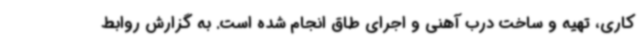
کاری، تهیه و ساخت درب آهنی و اجرای طاق انجام شده است. به گزارش روابط